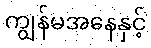
ကျွန်မအနေနှင့်